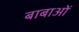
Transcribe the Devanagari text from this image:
बाबाओं